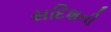
સદિશની